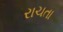
રાચતા